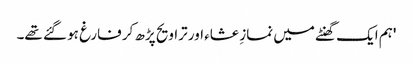
'ہم ایک گھنٹے میں نمازِ عشاء اور تراویح پڑھ کر فارغ ہو گئے تھے۔